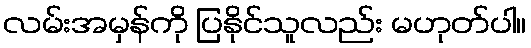
လမ်းအမှန်ကို ပြနိုင်သူလည်း မဟုတ်ပါ။